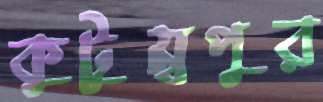
কুটুম্বপুর